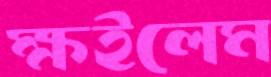
ক্ষইলেম